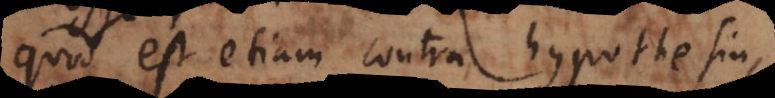
quod est etiam contra hypothesin,